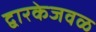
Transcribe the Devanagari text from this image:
द्वारकेजवळ